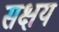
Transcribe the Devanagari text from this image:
सक्षय